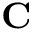
\mathbf { C }